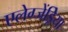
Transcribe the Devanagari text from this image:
एलेग्जेंड्रेिया